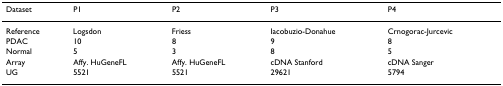
| Dataset | P1 | P2 | P3 | P4 |
 | --- | --- | --- | --- | --- |
 | Reference | Logsdon | Friess | Iacobuzio-Donahue | Crnogorac-Jurcevic |
 | PDAC | 10 | 8 | 9 | 8 |
 | Normal | 5 | 3 | 8 | 5 |
 | Array | Affy. HuGeneFL | Affy. HuGeneFL | cDNA Stanford | cDNA Sanger |
 | UG | 5521 | 5521 | 29621 | 5794 |